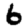
Digit: 6